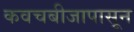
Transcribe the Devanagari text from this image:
कवचबीजापासून